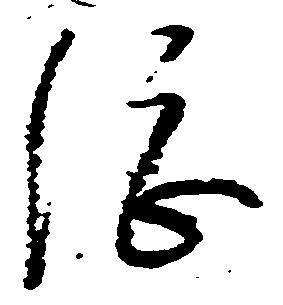
総